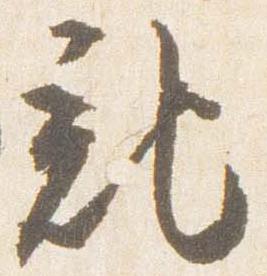
記